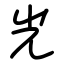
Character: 光